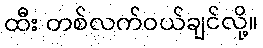
ထီး တစ်လက်ဝယ်ချင်လို့။